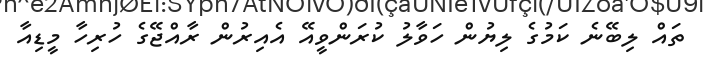
ތައް ލިބޭނެ ކަމުގެ ލިޔުން ހަވާލު ކުރަންވީއޭ އެއިރުން ރާއްޖޭގެ ހުރިހާ މީޑިއާ